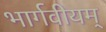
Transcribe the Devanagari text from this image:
भार्गवीयम्